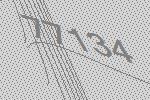
77134